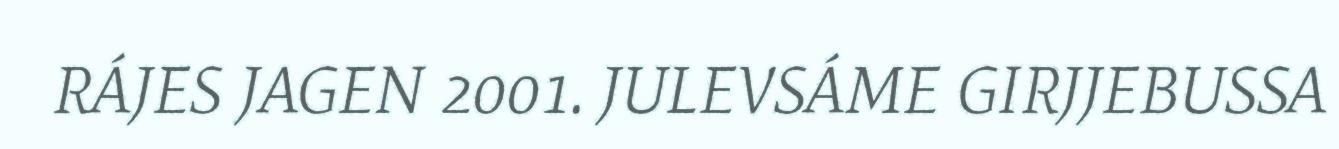
RÁJES JAGEN 2001. JULEVSÁME GIRJJEBUSSA